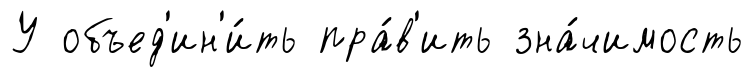
У объед'ин'и́ть пра́в'ить зна́чимость